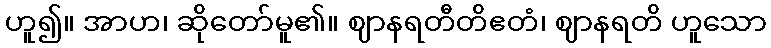
ဟူ၍။ အာဟ၊ ဆိုတော်မူ၏။ ဈာနရတီတိဧတံ၊ ဈာနရတိ ဟူသော